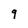
Character: 9